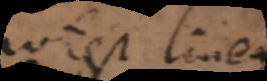
potest linea